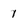
Character: 1